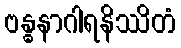
ဗန္ဓနာဂါရနိဿိတံ